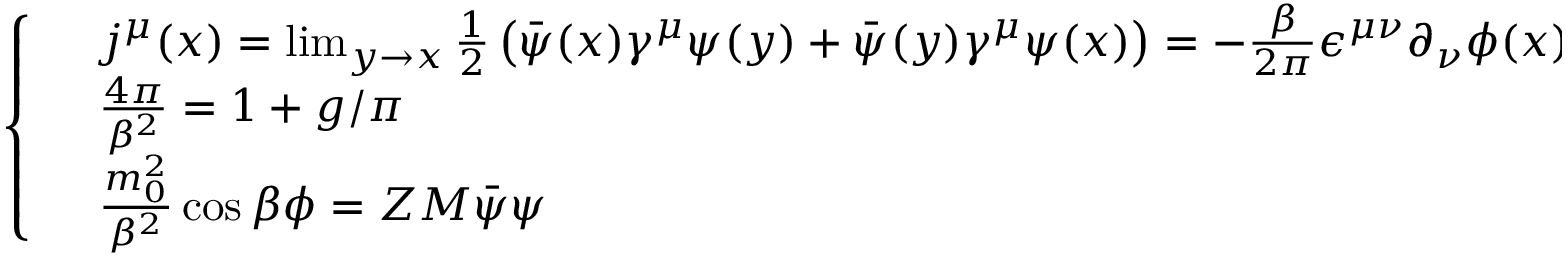
\left\{ \begin{array} { l l } { { } } & { { j ^ { \mu } ( x ) = \operatorname * { l i m } _ { y \rightarrow x } \frac { 1 } { 2 } \left( \bar { \psi } ( x ) \gamma ^ { \mu } \psi ( y ) + \bar { \psi } ( y ) \gamma ^ { \mu } \psi ( x ) \right) = - \frac { \beta } { 2 \pi } \epsilon ^ { \mu \nu } \partial _ { \nu } \phi ( x ) } } \\ { { } } & { { \frac { 4 \pi } { \beta ^ { 2 } } = 1 + g / \pi } } \\ { { } } & { { \frac { m _ { 0 } ^ { 2 } } { \beta ^ { 2 } } \cos \beta \phi = Z M \bar { \psi } \psi } } \end{array} \right. ,